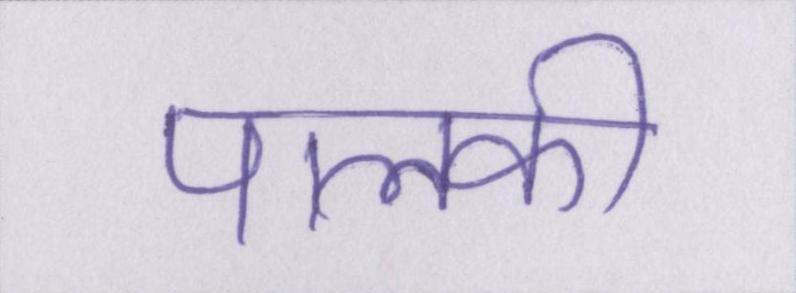
पालकी